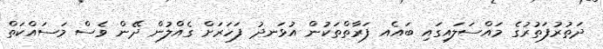
ދަތުރުފަތުރުގެ މައްސަލައިގައި ބައެއ ފަރާތްތަކުން އުޅަނދު ފަހަރަށް ގެއްލުން ދޭން ވެސް މަސައްކަތް